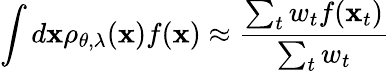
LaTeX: \int d\mathbf{x}\rho_{\theta,\lambda}(\mathbf{x})f(\mathbf{x})\approx\frac{\sum_{t}w_{t}f(\mathbf{x}_{t})}{\sum_{t}w_{t}}